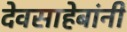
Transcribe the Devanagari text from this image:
देवसाहेबांनी